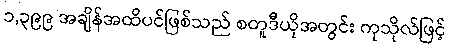
၁,၃၉၉ အချိန်အထိပင်ဖြစ်သည် စတူဒီယိုအတွင်း ကုသိုလ်ဖြင့်